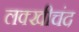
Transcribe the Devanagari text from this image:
लक्खीचंद